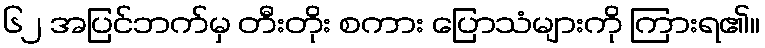
၆၂ အပြင်ဘက်မှ တီးတိုး စကား ပြောသံများကို ကြားရ၏။